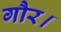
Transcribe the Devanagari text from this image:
गौर।